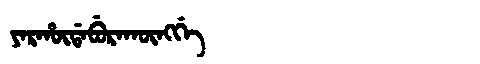
Manchu: ᠶᠠᡵᡥᡡᡩᠠᠪᡠᡵᠠᡴᡡᠩᡤᡝ
Romanization: YARHŪDABURAKŪNGGE